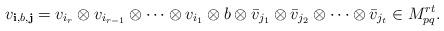
LaTeX: \begin{align*}v_{\mathbf i, b, \mathbf j} =v_{i_r}\otimes v_{i_{r-1}}\otimes \cdots\otimes v_{i_1}\otimes b\otimes\bar v_{j_{ 1}}\otimes \bar v_{j_{ 2}}\otimes \cdots\otimes \bar v_{j_{ t}}\in M_{pq}^{rt}.\end{align*}